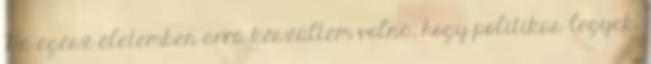
Ha egész életemben arra készültem volna, hogy politikus legyek,